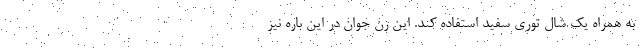
به همراه یک شال توری سفید استفاده کند. این زن جوان در این باره نیز